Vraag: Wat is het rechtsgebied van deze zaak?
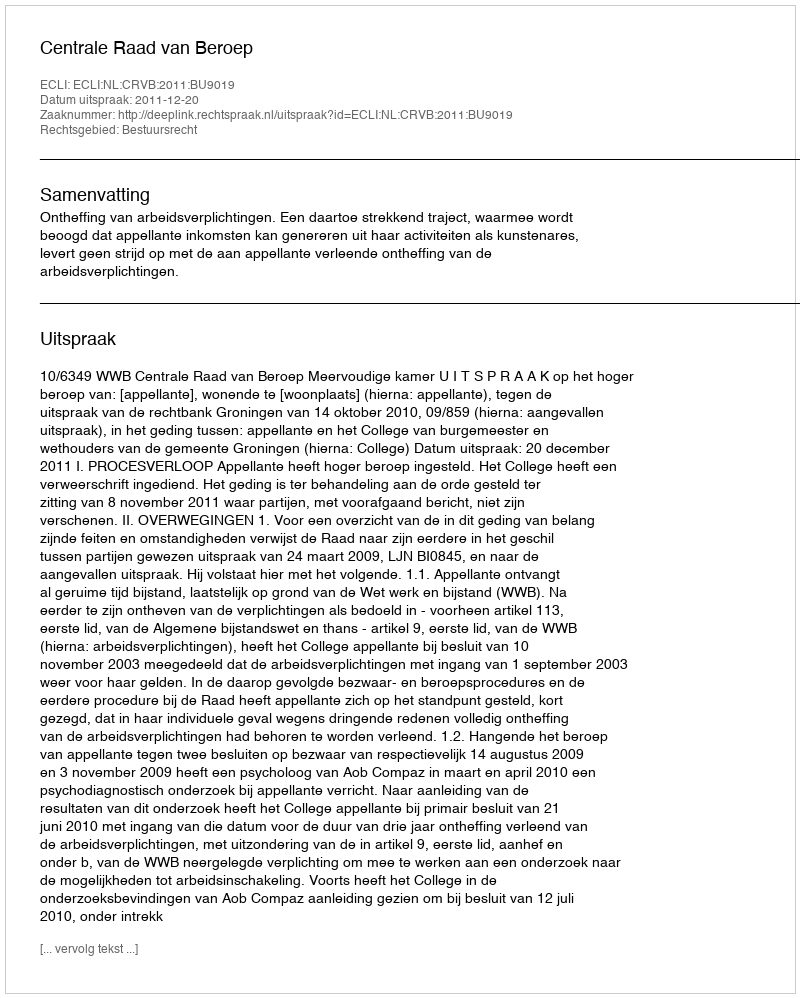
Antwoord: Bestuursrecht